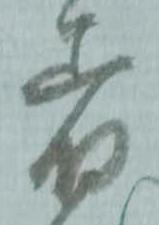
着